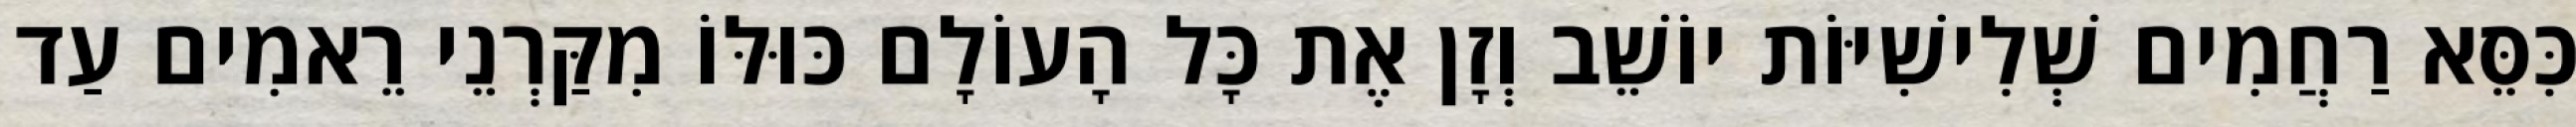
כִּסֵּא רַחֲמִים שְׁלִישִׁיּוֹת יוֹשֵׁב וְזָן אֶת כָּל הָעוֹלָם כּוּלּוֹ מִקַּרְנֵי רֵאמִים עַד